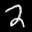
Label: 2